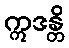
ဣဒန္တိ